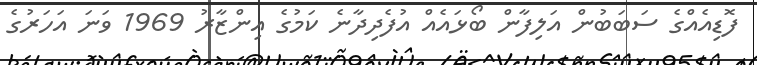
ފޮޑިއެއްގެ ސަބަބުން އަލިފާން ބޯޅައެއް އުފެދިދާނެ ކަމުގެ އިންޒާރު 1969 ވަނަ އަހަރުގެ